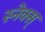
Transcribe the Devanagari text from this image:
स्नेक्स्